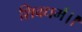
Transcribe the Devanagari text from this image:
शिवधर्म।।